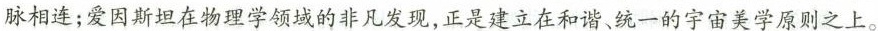
脉相连；爱因斯坦在物理学领域的非凡发现，正是建立在和谐、统一的宇宙美学原则之上。